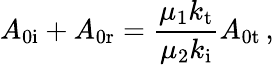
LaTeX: A_{\mathrm{0i}}+A_{\mathrm{0r}}=\frac{\mu_{1}k_{\mathrm{t}}}{\mu_{2}k_{\mathrm{i}}}A_{\mathrm{0t}}\, ,